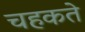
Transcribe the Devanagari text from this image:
चहकते